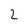
Character: 2